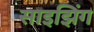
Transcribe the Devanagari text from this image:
साइझिंग